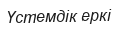
Үстемдік еркі